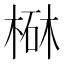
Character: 㮟